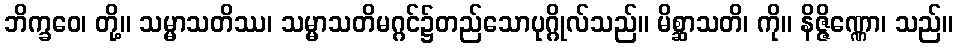
ဘိက္ခဝေ၊ တို့။ သမ္မာသတိဿ၊ သမ္မာသတိမဂ္ဂင်၌တည်သောပုဂ္ဂိုလ်သည်။ မိစ္ဆာသတိ၊ ကို။ နိဇ္ဇိဏ္ဏော၊ သည်။